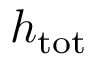
h _ { \mathrm { t o t } }